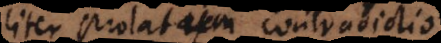
aliter prolatum contradictio